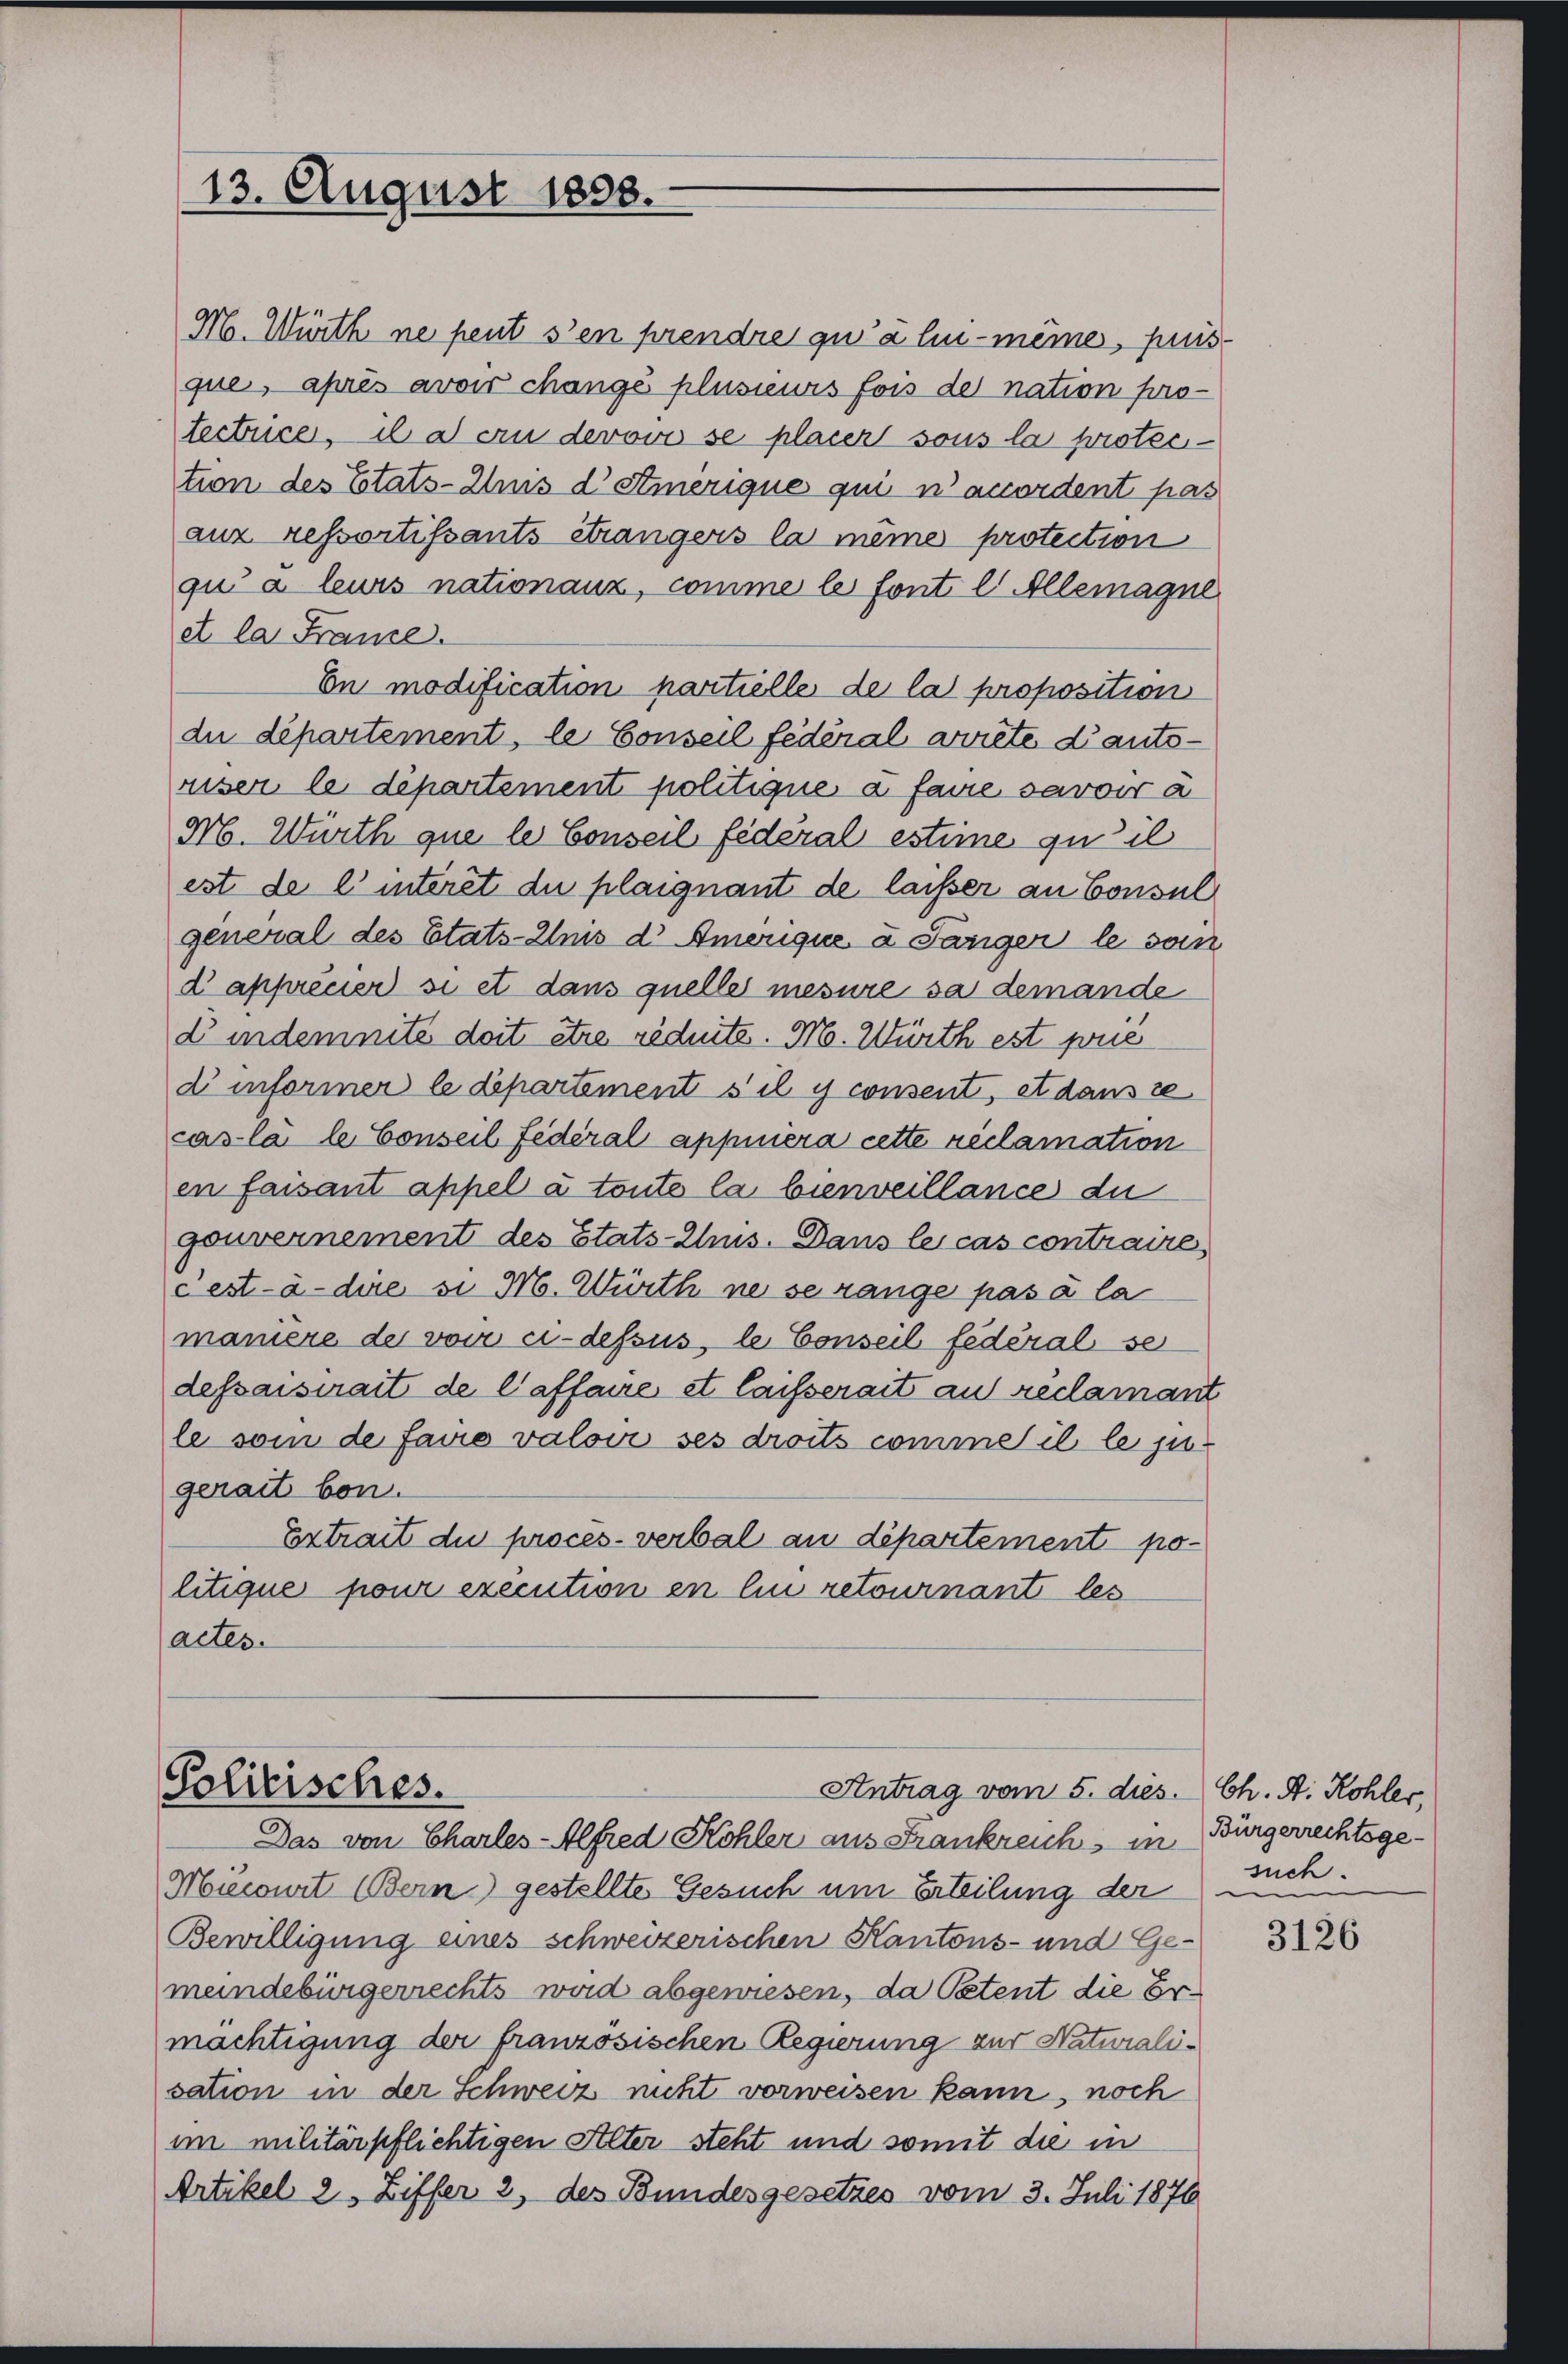
13. August 1858.

Mo. Würth ne peut s’en prendre qu’à lui-même, puisque, après avoir change plusieurs fois der nation pro-
tectrice, il a eu derovi se placer sous la protection des Totats-Anis d’ Stmerique qui n’accordent pas
anz ressortissants étrangers la meine protection
qui a leurs nationanz, comme le font l. Allemagne
et la France.
En modification partielle de la proposition
du département, le Conseil fédéral arrete Cantoriser le département politique a faire savoir a
M. Würth que le Conseil fédéral estime qu’il
est de l’ interet du plaignant de laisser an Consul
general des Etats-Anis d Amerique a Pariger le son
d apprener si et dans quelles mesure sa demande
E indemnité doit être réduite. M. Würth est pue
d informer le departement s’il y consent, et dans se
cas la le Conseil fédéral appniera cette réclamation
en faisant appel à toute la bienveillance du
gouvernement des Etats-Chus. Dans le cas contraire
cest-à-dire vi M. Würth ne se range pas à la
manisze der von ci-dessus, le Conseil fédéral se
dessaisirait de Caffaire et laisserait au reclamant
le vom de facio valoir ses droits comme il le jugenait bon.
Extrait du proces-verbal an departement politique pour execution en lin retournant les
actes.

Politisches.
Antrag vom 5. dies.
Das von Charles-Alfred Kohler aus Frankreich in

Mecourt Bern) gestellte Gesuch um Erteilung der
Bewilligung eines schweizerischen Kantons- und Ge-
meindebürgerrechts wird abgewiesen, da Petent die Ermächtigung der französischen Regierung zur Naturalisation in der Schweiz nicht vorweisen kann, noch
im militärpflichtigen Alter steht und somit die in
Artikel 2 Ziffer 2, des Bundesgesetzes vom 3. Juli 1876

Ch. A. Kohler,
Bürgerrechtsgesuch.

3126